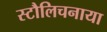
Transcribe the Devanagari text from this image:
स्टौलिचनाया